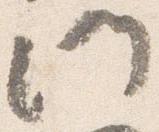
門